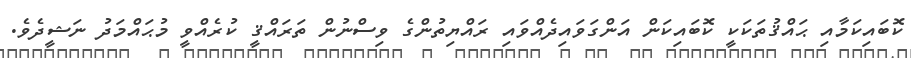
ކޮބައިކަމާއި ޙައްޤުތަކަކީ ކޮބައިކަން އަންގަވައިދެއްވައި ރައްޔިތުންގެ ވިސްނުން ތަރައްޤީ ކުރެއްވީ މުޙައްމަދު ނަޝީދެވެ.